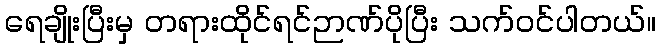
ရေချိုးပြီးမှ တရားထိုင်ရင်ဉာဏ်ပိုပြီး သက်ဝင်ပါတယ်။